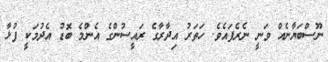
ނޫސްބަޔާނެއް ވަނީ ނެރެފައެވެ. ހަތަރު އިދާރާގެ ރައީސުންގެ އެންމެ ބޮޑު އެދުމަކީ ފުޅާ